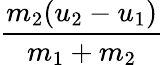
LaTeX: \frac{m_{2}(u_{2}-u_{1})}{m_{1}+m_{2}}